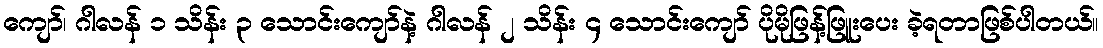
ကျော်၊ ဂါလန် ၁ သိန်း ၃ သောင်းကျော်နဲ့ ဂါလန် ၂ သိန်း ၄ သောင်းကျော် ပိုမိုဖြန့်ဖြူးပေး ခဲ့ရတာဖြစ်ပါတယ်။